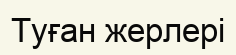
Туған жерлерi